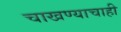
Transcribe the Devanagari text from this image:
चाखण्याचाही